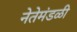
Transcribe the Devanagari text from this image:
नेतेमंडळी